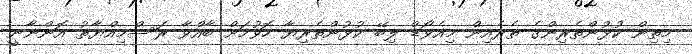
މިތިން ކުޅުންތެރިންގެ ތެރެއިން މިއެވޯޑް ލިބޭ ކުޅުންތެރިޔާ ހޮވުމަށް ބާއްވާ ރަސްމިއްޔާތު އޮންނާނީ